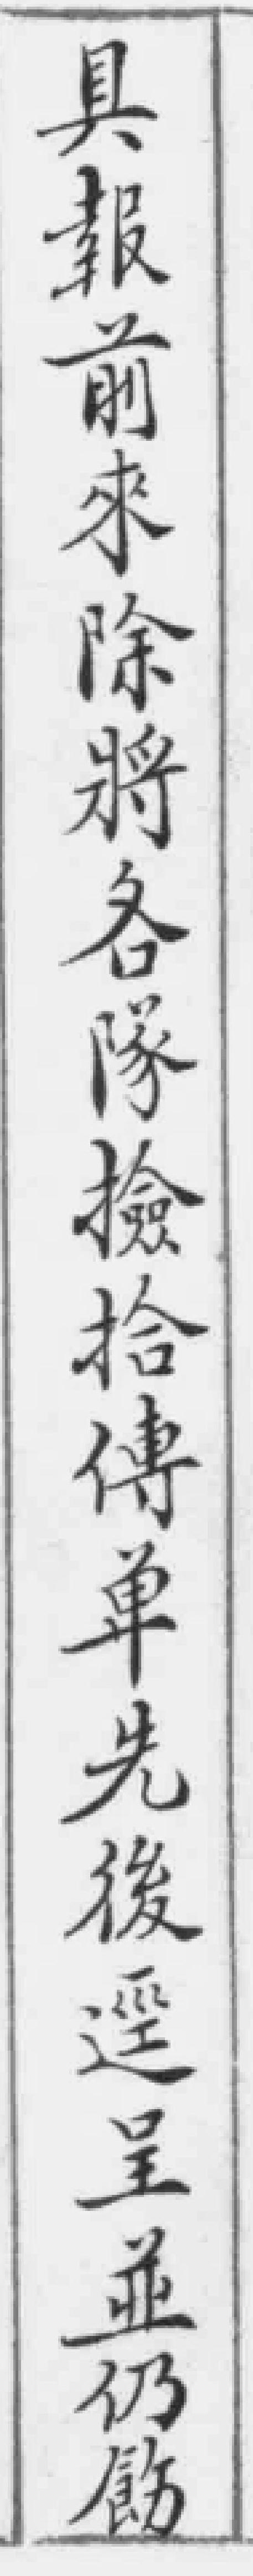
具報前來除將各隊檢拾傳車先後逕呈並仍飭